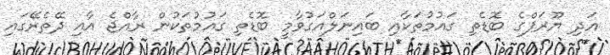
އަދި ޔޫރަޕްގެ ބޮޑެތި ގައުމުތަކާއި ބައިނަލްއަގުވާމީ ބޮޑެތި ގައުމުތަކުން ރާއްޖެ އާއި ދޭތެރޭގައި